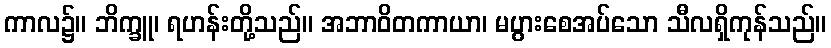
ကာလ၌။ ဘိက္ခူ၊ ရဟန်းတို့သည်။ အဘာဝိတကာယာ၊ မပွားစေအပ်သော သီလရှိကုန်သည်။